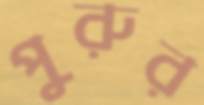
পুরুর